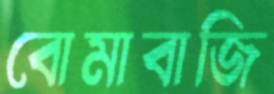
বোমাবাজি